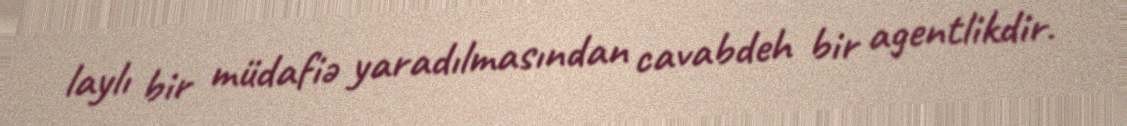
laylı bir müdafiə yaradılmasından cavabdeh bir agentlikdir.